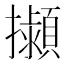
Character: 𢹟